Annual administration report of the Civil Veterinary Department of India - 1893-1894
Year: 1893
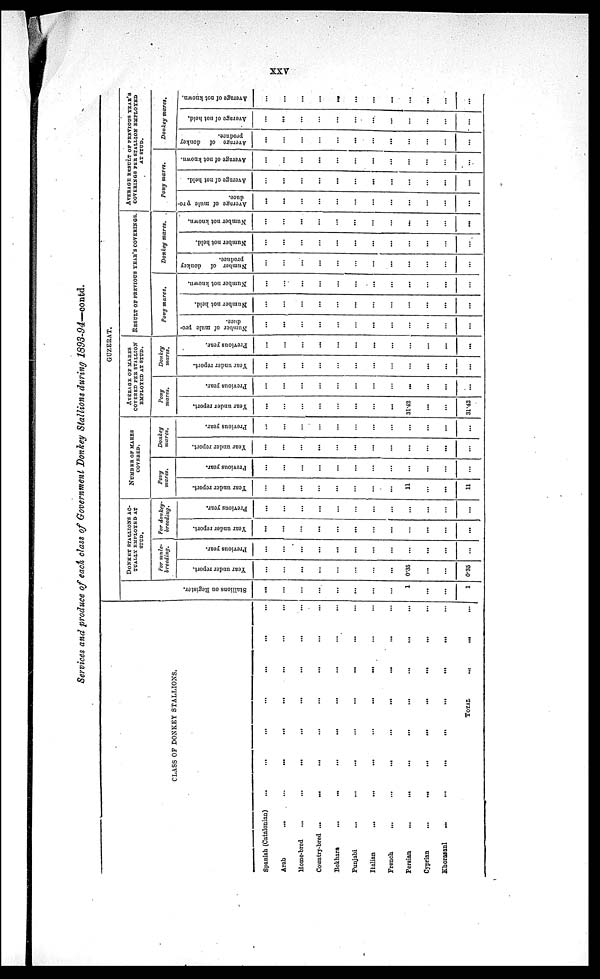
xxv
Services and produce of each class of Government Donkey Stallions during 1893-94—contd.
CLASS OF DONKEY STALLIONS.
Spanish (Catalonian) ... ... ... ... ... ... ...
Arab ... ... ... ... ... ... ... ...
Home-bred ... ... ... ... ... ... ... ...
Country-bred ... ... ... ... ... ... ... ...
Bokhara ... ... ... ... ... ... ... ...
Punjabi ... ... ... ... ... ... ... ...
Italian ... ... ... ... ... ... ... ...
French ... ... ... ... ... ... ... ...
Persian ... ... ... ... ... ... ... ...
Cyprian ... ... ... ... ... ... ... ...
Khorosanl ... ... ... ... ... ... ... ...
TOTAL
...
...
...
GUZERAT.
St al l
i
ons on Regi s t
er .
...
...
...
...
...
...
...
...
1
...
...
1
DONKEY STALLIONS
ACTUALLY EMPLOYED
AT STUD.
For mule-
breeding.
Year under report.
...
...
...
...
...
...
...
...
0.35
...
...
0.35
Previous year.
...
...
...
...
...
...
...
...
...
...
...
...
For donkey-
breeding.
Year under report.
...
...
...
...
...
...
...
...
...
...
...
...
Previous year.
...
...
...
...
...
...
...
...
...
...
...
...
NUMBER OF MARES
COVERED.
Pony
wares.
Year under report.
...
...
...
...
...
...
...
...
11
...
...
11
Previous year.
...
...
...
...
...
...
...
...
...
...
...
...
Donkey
mares.
Year under report.
...
...
...
...
...
...
...
...
...
...
...
...
Previous year.
...
...
...
...
...
...
...
...
...
...
...
...
AVERAGE OF MARES
COVERED FEB STALLION
EMPLOYED AT STUD.
Pony
mares.
Year under report.
...
...
...
...
...
...
...
...
31.42
...
...
31.42
Previous year.
...
...
...
...
...
...
...
...
...
...
...
...
Donkey
mares.
Year under report.
...
...
...
...
...
...
...
...
...
...
...
...
Previous year.
...
...
...
...
...
...
...
...
...
...
...
...
RESULT OF PREVIOUS YEAR'S COVERINGS.
Pony mares.
Number of mule pro-
duce.
...
...
...
...
...
...
...
...
...
...
...
...
Number not held.
...
...
...
...
...
...
...
...
...
...
...
...
Number not known.
...
...
...
...
...
...
...
...
...
...
...
...
Donkey mares.
Number of donkey
produce.
...
...
...
...
...
...
...
...
...
...
...
...
Number not held.
...
...
...
...
...
...
...
...
...
...
...
...
Number not known.
...
...
...
...
...
...
...
...
...
...
...
...
AVERAGE RESULT OF PREVIOUS YEAR'S
COVERINGS PER STALLION EMPLOYED
AT STUD.
Pony mares.
Average of mule pro-
duce.
...
...
...
...
...
...
...
...
...
...
...
...
Average of not held.
...
...
...
...
...
...
...
...
...
...
...
...
Average of not known.
...
...
...
...
...
...
...
...
...
...
...
...
Donkey mares.
Average of donkey
produce.
...
...
...
...
...
...
...
...
...
...
...
...
Average
of not held.
...
...
...
...
...
...
...
...
...
...
...
...
Average of not known.
...
...
...
...
...
...
...
...
...
...
...
...